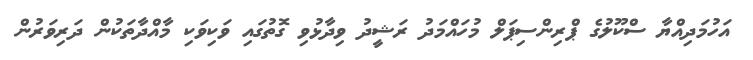
އަހުމަދިއްޔާ ސްކޫލުގެ ޕްރިންސިޕަލް މުހައްމަދު ރަޝީދު ވިދާޅުވި ގޮތުގައި ވަކިވަކި މާއްދާތަކުން ދަރިވަރުން